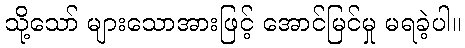
သို့သော် များသောအားဖြင့် အောင်မြင်မှု မရခဲ့ပါ။